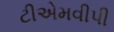
ટીએમવીપી